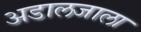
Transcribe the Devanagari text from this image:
अडालजाला